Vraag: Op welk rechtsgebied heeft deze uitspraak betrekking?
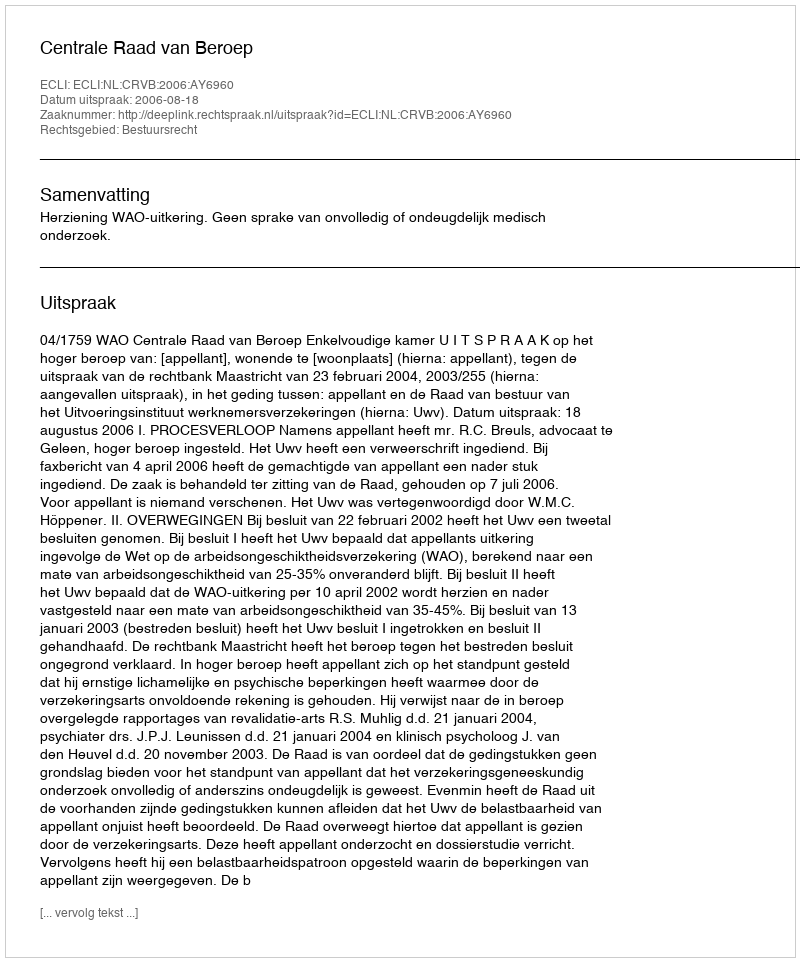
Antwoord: Bestuursrecht